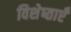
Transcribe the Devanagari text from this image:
विशेष्ताएँ